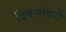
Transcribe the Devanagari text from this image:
दिवसांवरी